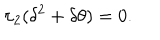
\pi _ { 2 } ( \delta ^ { 2 } + \delta \theta ) = 0 .